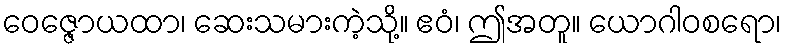
ဝေဇ္ဇောယထာ၊ ဆေးသမားကဲ့သို့။ ဧဝံ၊ ဤအတူ။ ယောဂါဝစရော၊